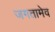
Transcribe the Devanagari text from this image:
जगतामेव